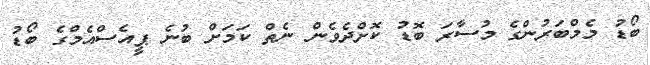
ބޯޑު މެމްބަރުންގެ މުސާރަ ބޮޑު ކޮށްދެވެން ނެތް ކަމަށް ބުނެ ޕީއެސްއެމްގެ ބޯޑު